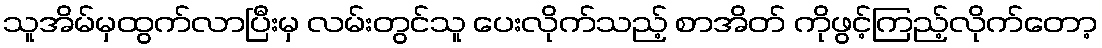
သူအိမ်မှထွက်လာပြီးမှ လမ်းတွင်သူ ပေးလိုက်သည့် စာအိတ် ကိုဖွင့်ကြည့်လိုက်တော့